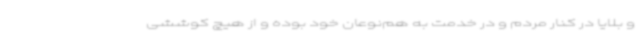
و بلایا در کنار مردم و در خدمت به هم‌نوعان خود بوده و از هیچ کوششی